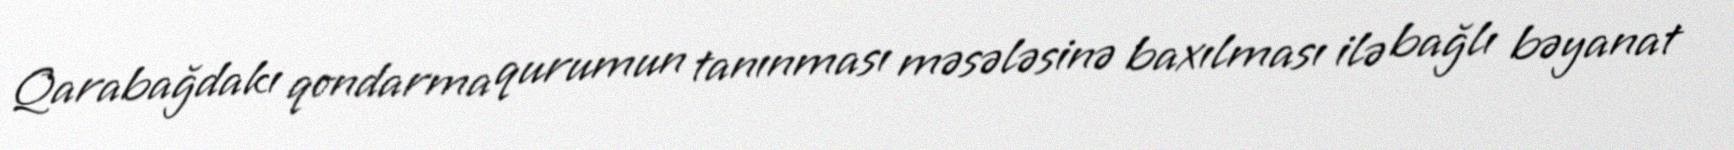
Qarabağdakı qondarma qurumun tanınması məsələsinə baxılması ilə bağlı bəyanat